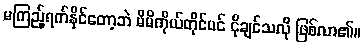
မကြည့်ရက်နိုင်တော့ဘဲ မိမိကိုယ်တိုင်ပင် ငိုချင်သလို ဖြစ်လာ၏။